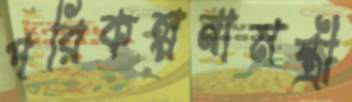
পরিকল্পনামন্ত্রী